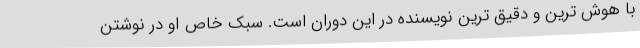
با هوش ترین و دقیق ترین نویسنده در این دوران است. سبک خاص او در نوشتن